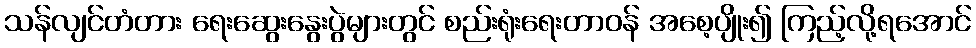
သန်လျင်တံတား ရေးဆွေးနွေးပွဲများတွင် စည်းရုံးရေးတာဝန် အစေ့ပျိုး၍ ကြည့်လို့ရအောင်